Vaccination in Bombay 1874-1876 - 1874-1876
Year: 1874
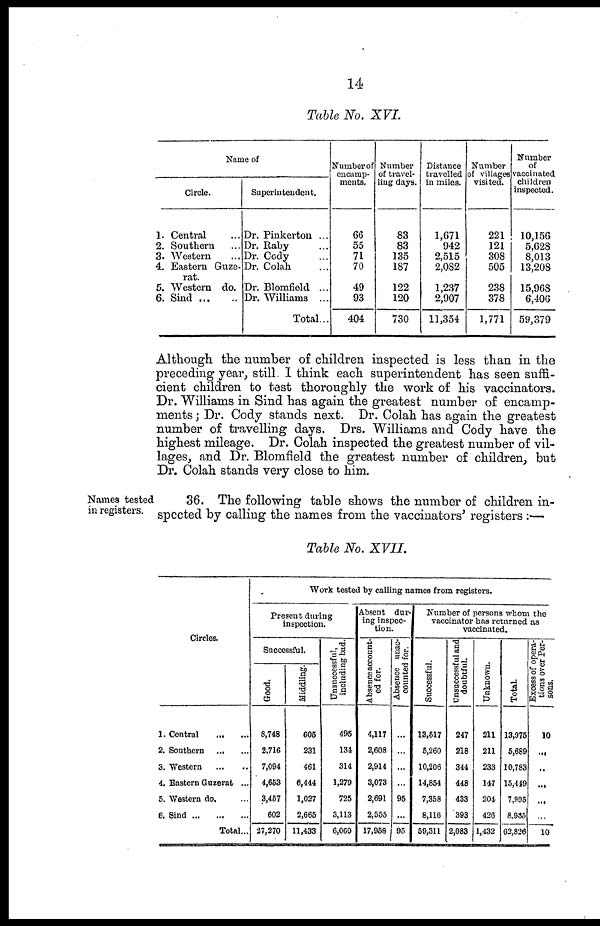
14
Table No. XVI.
Name of
Circle.
1. Central ...
2. Southern ...
3. Western ...
4. Eastern Guze¬
rat.
5. Western do.
6. Sind
...
...
Superintendent.
Dr. Pinkerton ...
Dr. Raby ...
Dr. Cody ...
Dr. Colah ...
Dr. Blomfield ...
Dr. Williams ...
Total...
Number of
encamp-
ments.
66
55
71
70
49
93
404
Number
of travel-
ling days.
83
83
135
187
122
120
730
Distance
travelled
in miles.
1,671
942
2,515
2,082
1,237
2,907
11,354
Number
of villages
visited.
221
121
308
505
238
378
1,771
Number
of
vaccinated
children
inspected.
10,156
5,628
8,013
13,208
15,968
6,406
59,379
Although the number of children inspected is less than in the
preceding year, still. I think each superintendent has seen suffi-
cient children to test thoroughly the work of his vaccinators.
Dr. Williams in Sind has again the greatest number of encamp-
ments ; Dr. Cody stands next. Dr. Colah has again the greatest
number of travelling days. Drs. Williams and Cody have the
highest mileage. Dr. Colah inspected the greatest number of vil-
lages, and Dr. Blomfield the greatest number of children, but
Dr. Colah stands very close to him.
Names tested
in registers.
36. The following table shows the number of children in-
spected by calling the names from the vaccinators' registers :—
Table No. XVII.
Circles.
1. Central
2. Southern
3. Western
4. Eastern Guzerat ...
5. Western do. ...
6. Sind
Total...
Work tested by calling names from registers.
Present during
inspection.
Successful.
Good.
8,743
2,716
7,094
4,653
3,467
602
27,270
Middling.
606
231
461
6,444
1,027
2,665
11,433
Unsuccessful,
including bad.
495
131
314
1,279
725
3,113
6,060
Absent dur-
ing inspec-
tion.
Absence account-
ed for.
4,117
2,608
2,914
3,073
2,691
2,555
17,958
Absence unac-
counted for.
95
...
95
Number of persons whom the
vaccinator has returned as
vaccinated.
Successful.
13,517
5,260
10,206
14,854
7,358
8,116
59,311
Unsuccessful and
doubtful.
247
218
344
448
433
393
2,083
Unknown.
211
211
233
147
204
426
1,432
Total.
13,975
5,689
10,783
15,119
7,995
8.935
62,826
Excess of opera-
tions over Per-
sons.
10
...
..
...
...
10